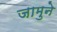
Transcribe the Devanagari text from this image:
जामुने